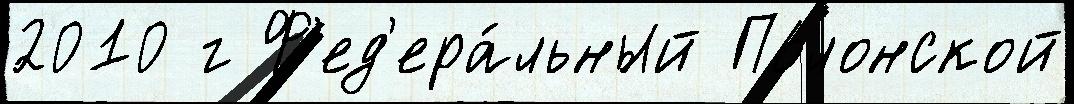
2010 г Ф'ед'ера́льный Полонской